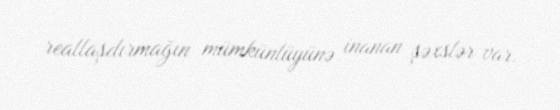
reallaşdırmağın mümkünlüyünə inanan şəxslər var.